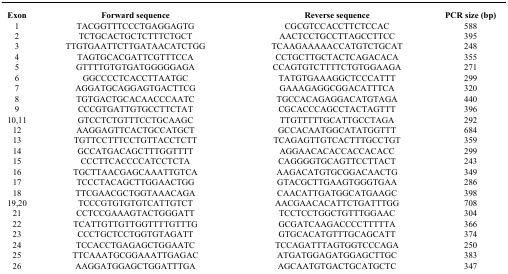
<table><thead><tr><td><b>Exon</b></td><td><b>Forward sequence</b></td><td><b>Reverse sequence</b></td><td><b>PCR size (bp)</b></td></tr></thead><tbody><tr><td>1</td><td>TACGGTTTCCCTGAGGAGTG</td><td>CGCGTCCACCTTCTCCAC</td><td>588</td></tr><tr><td>2</td><td>TCTGCACTGCTCTTTCTGCT</td><td>AACTCCTGCCTTAGCCTTCC</td><td>395</td></tr><tr><td>3</td><td>TTGTGAATTCTTGATAACATCTGG</td><td>TCAAGAAAAACCATGTCTGCAT</td><td>248</td></tr><tr><td>4</td><td>TAGTGCACGATTCGTTTCCA</td><td>CCTGCTTGCTACTCAGACACA</td><td>355</td></tr><tr><td>5</td><td>GTTTTGTGTGATGGGGGAGA</td><td>CCAGTGTCTTTTCTGTGGAAGA</td><td>271</td></tr><tr><td>6</td><td>GGCCCCTCACCTTAATGC</td><td>TATGTGAAAGGCTCCCATTT</td><td>299</td></tr><tr><td>7</td><td>AGGATGCAGGAGTGACTTCG</td><td>GAAAGAGGCGGACATTTCA</td><td>320</td></tr><tr><td>8</td><td>TGTGACTGCACAACCCAATC</td><td>TGCCACAGAGGACATGTAGA</td><td>440</td></tr><tr><td>9</td><td>CCCGTGATTGTGCCTTCTAT</td><td>CGCACCCAGCCTACTAGTTT</td><td>396</td></tr><tr><td>10,11</td><td>GTCCTCTGTTTCCTGCAAGC</td><td>TTGTTTTTGCATTGCCTAGA</td><td>292</td></tr><tr><td>12</td><td>AAGGAGTTCACTGCCATGCT</td><td>GCCACAATGGCATATGGTTT</td><td>684</td></tr><tr><td>13</td><td>TGTTCCTTTCCTGTTACCTCTT</td><td>TCAGAGTTGTCACTTTGCCTGT</td><td>359</td></tr><tr><td>14</td><td>GCCATGACAGCTTTGGTTTT</td><td>AGGAACACACCACCACACC</td><td>299</td></tr><tr><td>15</td><td>CCCTTCACCCCATCCTCTA</td><td>CAGGGGTGCAGTTCCTTACT</td><td>243</td></tr><tr><td>16</td><td>TGCTTAACGAGCAAATTGTCA</td><td>AAGACATGTGCGGACAACTG</td><td>349</td></tr><tr><td>17</td><td>TCCCTACAGCTTGGAACTGG</td><td>GTACGCTTGAAGTGGGTGAA</td><td>286</td></tr><tr><td>18</td><td>TTCGAACGCTGGTAAACAGA</td><td>CAACATTGATGGCATGAAGC</td><td>398</td></tr><tr><td>19,20</td><td>TCCCGTGTGTGTCATTGTCT</td><td>AACGAACACATTCTGATTTGG</td><td>708</td></tr><tr><td>21</td><td>CCTCCGAAAGTACTGGGATT</td><td>TCCTCCTGGCTGTTTGGAAC</td><td>304</td></tr><tr><td>22</td><td>TCATTGTTGTTGGTTTTGTTTG</td><td>GCGATCAAGACCCCTTTTTA</td><td>366</td></tr><tr><td>23</td><td>CCCTGCTCCTGGTGTAGATT</td><td>GTGCACATGTTTGCAGCATT</td><td>374</td></tr><tr><td>24</td><td>TCCACCTGAGAGCTGGAATC</td><td>TCCAGATTTAGTGGTCCCAGA</td><td>250</td></tr><tr><td>25</td><td>TTCAAATGCGGAAATTGAGAC</td><td>ATGATGGAGATGGAGCTTGC</td><td>383</td></tr><tr><td>26</td><td>AAGGATGGAGCTGGATTTGA</td><td>AGCAATGTGACTGCATGCTC</td><td>347</td></tr></tbody></table>